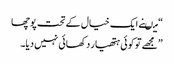
“ میںنے ایک خیال کے تحت پوچھا
”مجھے تو کوئی ہتھیار دکھائی نہیں دیا۔